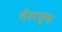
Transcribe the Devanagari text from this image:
वॅस्टब्रुक